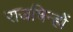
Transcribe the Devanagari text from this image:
राजचिन्हों